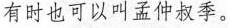
有时也可以叫孟仲叔季。